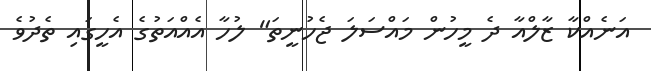
އަނެއްކާ ޒާލްއާ ދެ މީހުން މައްސަލަ ޖެހުނީތަ" ލުހާ އެއްއަތުގެ އެހީގައި ތެދުވެ